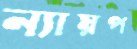
ন্যায়প